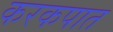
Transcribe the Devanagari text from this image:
करकपात